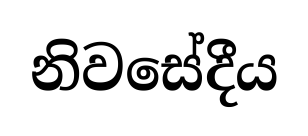
නිවසේදීය